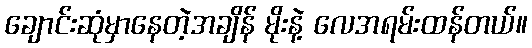
ချောင်းဆုံမှာနေတဲ့အချိန် မိုးနဲ့ လေအရမ်းထန်တယ်။